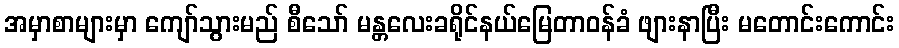
အမှာစာများမှာ ကျော်သွားမည် စီသော် မန္တလေးခရိုင်နယ်မြေတာဝန်ခံ ဖျားနာပြီး မတောင်းကောင်း